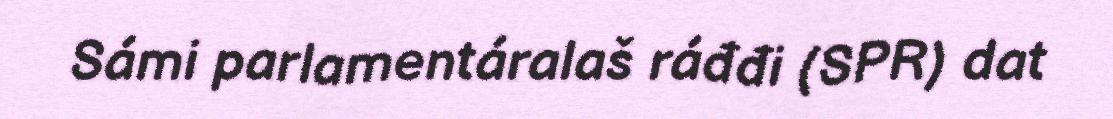
Sámi parlamentáralaš ráđđi (SPR) dat